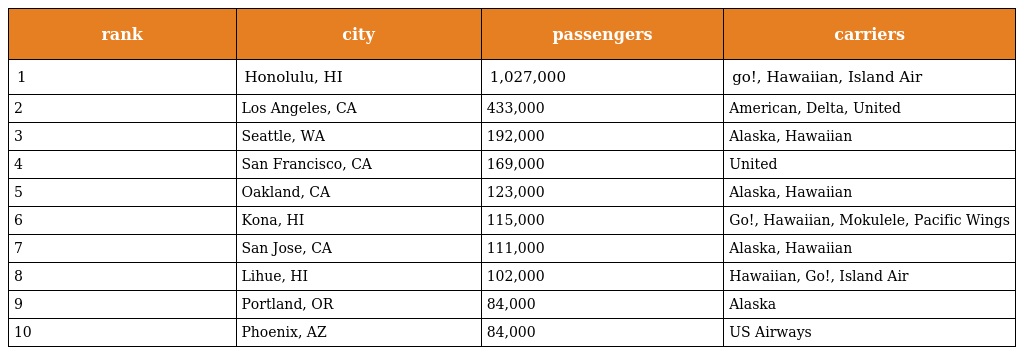
| rank | city | passengers | carriers |
 | --- | --- | --- | --- |
 | 1 | Honolulu, HI | 1,027,000 | go!, Hawaiian, Island Air |
 | 2 | Los Angeles, CA | 433,000 | American, Delta, United |
 | 3 | Seattle, WA | 192,000 | Alaska, Hawaiian |
 | 4 | San Francisco, CA | 169,000 | United |
 | 5 | Oakland, CA | 123,000 | Alaska, Hawaiian |
 | 6 | Kona, HI | 115,000 | Go!, Hawaiian, Mokulele, Pacific Wings |
 | 7 | San Jose, CA | 111,000 | Alaska, Hawaiian |
 | 8 | Lihue, HI | 102,000 | Hawaiian, Go!, Island Air |
 | 9 | Portland, OR | 84,000 | Alaska |
 | 10 | Phoenix, AZ | 84,000 | US Airways |